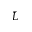
\bar { L }